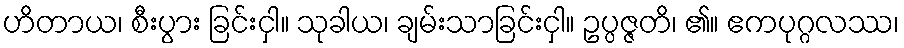
ဟိတာယ၊ စီးပွား ခြင်းငှါ။ သုခါယ၊ ချမ်းသာခြင်းငှါ။ ဥပ္ပဇ္ဇတိ၊ ၏။ ဧကပုဂ္ဂလဿ၊